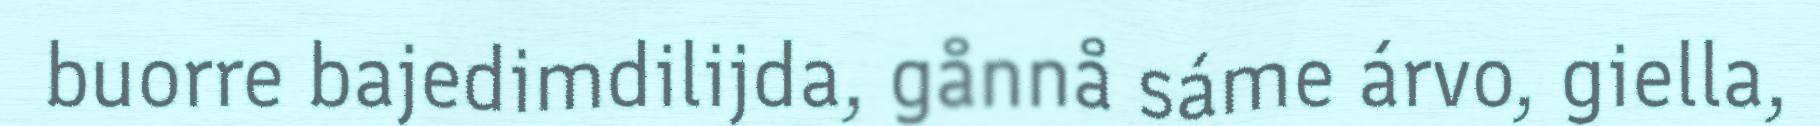
buorre bajedimdilijda, gånnå sáme árvo, giella,